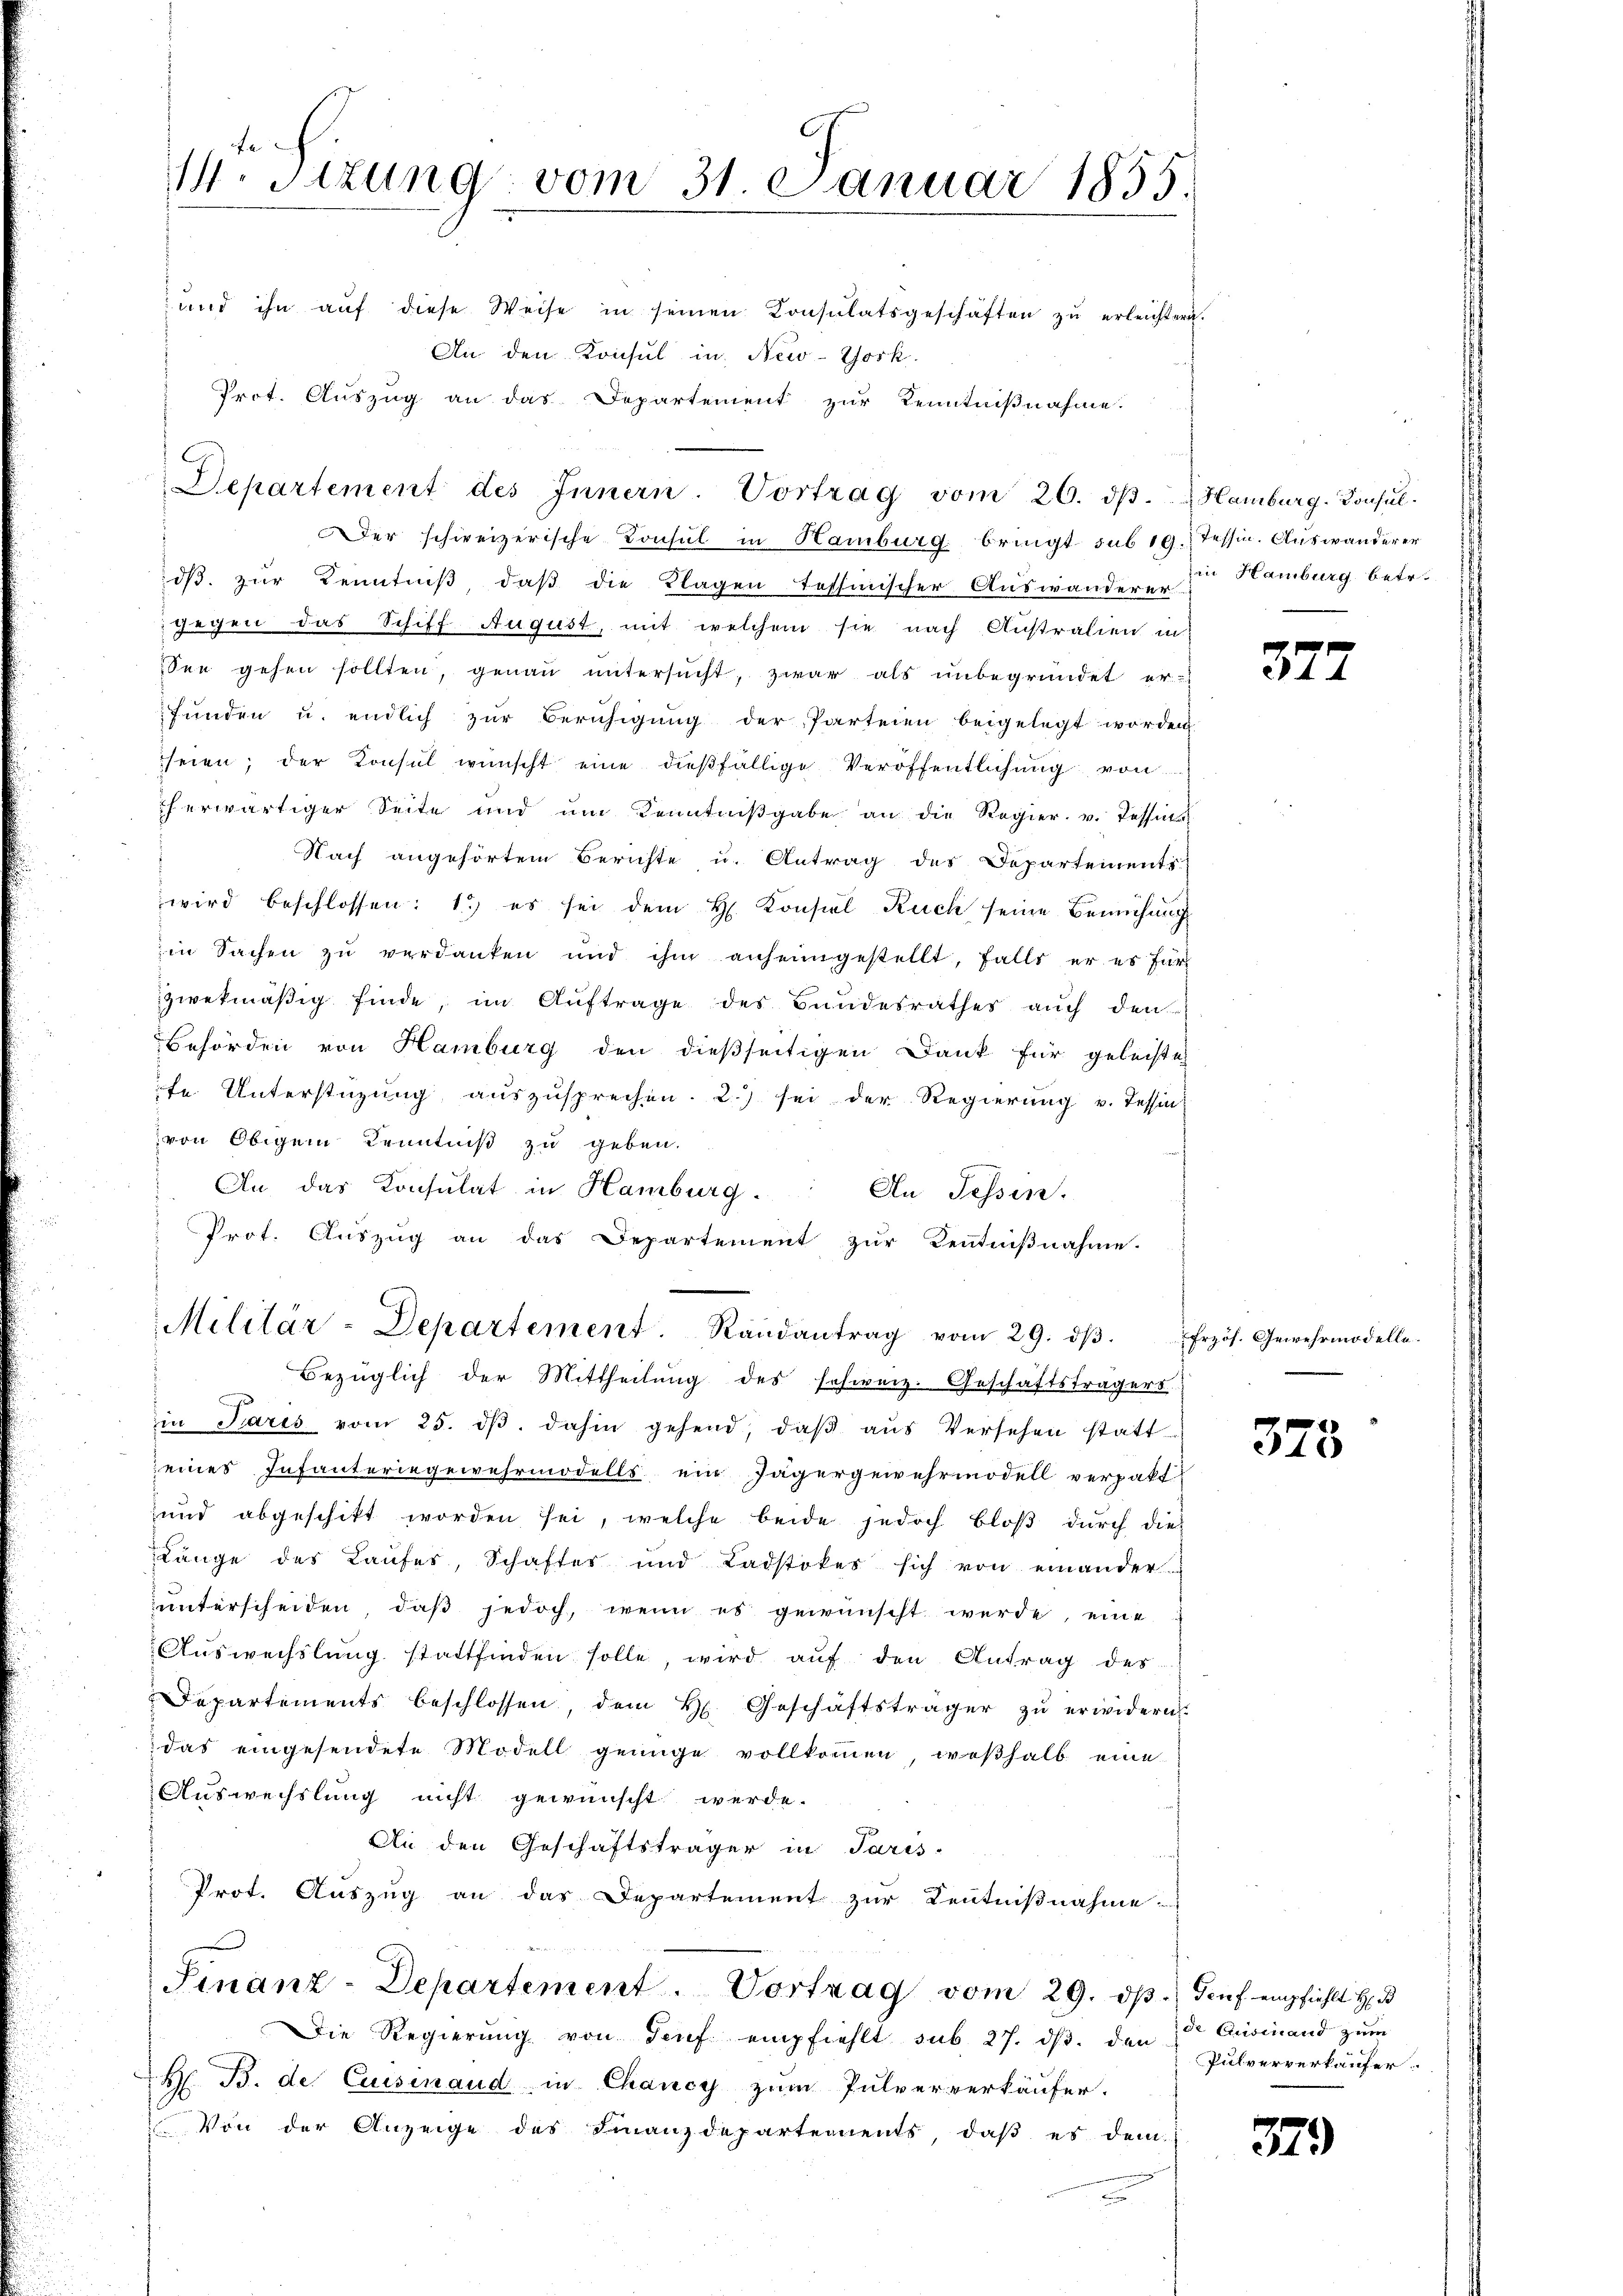
Der schweizerische Konsul in Hamburg bringt, sub 19. Tessin. Auswanderer
dβ zŭr Kenntniß, daß die Klagen tessinischer Auswanderen zu Hamburg betr.
gegen das Schiff August, mit welchem sie nach Australien in
See gehen sollten, genau untersucht, zwar als unbegründet er-
funden u. endlich zur Beruhigung der Parteien beigelegt worden
seien; der Konsul wünscht eine dießfällige Veröffentlichung von
herwärtiger Seite und im Kenntniβgabe an die Regier. v. Tessits
Nach angehörtem Berichte u. Antrag des Departements
wird beschlossen: 1) es sei dem H. Konsiel Ruch seine Bemühung
in Sachen zŭ verdanken und ihm anheimgestellt, falls er es für
zwekmäßig finde, im Auftrage des Bundesrathes auch den
Behörden von Hamburg den dießseitigen Dank für geleiste
fe. Unterstüzung aŭszŭsprechen. 2.) sei der Regierŭng u. Tessin-
von Obigem Kenntniß zu geben.
An das Konsulat in Hamburg.
An Sessen.
Prot. Auszug an das Departement zur Kenntnißnahme.

14. Sitzung vom 31 Januar 1855.
und ihn aŭf diese Weise in seinen Consulatsgeschäften zŭ erleichtern.
An den Konsul in New-York

Departement des Innern. Vortrag vom 26. dβ. Hamburg. Konsul¬

Prot. Auszug an das Departement zur Kenntnißnahme.

Militär-Departement. Randantrag vom 29. dβ.
Bezüglich der Mittheilung des schweiz. Geschäftsträgers

in Pares vom 25. dβ dahin gehend, daβ aŭs Versehen statt
eines Infanteriegewehrmodells ein Jägergewehrmodell verpakt
und abgeschikt worden sei, welche beide jedoch bloβ dŭrch die
Länge des Laufes, Schaftes und Ladstokes sich von einander
unterscheiden, daß jedoch, wenn es gewünscht werde, eine
Aŭswechslung stattfinden solle, wird aŭf den Antrag des
Departements beschlossen, dem H. Geschäftsträger zŭ erwidern.
das eingesendete Modell genüge vollkommen, weßhalb eine
Auswechslung nicht gewünscht werde.
An den Geschäftsträger in Paris-
Prot. Auszug an das Departement zur Kenntnißnahme

Finanz-Departement. Vortrag vom 29. dβ. Genf empfiehlt h

Die Regierŭng von Senf empfiehlt sub 27. dβ. den 2ten Ausinand zum
H. B. de Cursenaud in Chancy zum Pulververkäufer.
Von der Anzeige des Finanzdepartements, daβ es dem

372

Frzös. Gewehrmodelle.

373

Pulververkäufer.

379